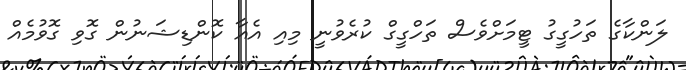
ލަންކާގެ ތަހުގީގު ޓީމަށްވެސް ތަހްގީގް ކުރެވުނީ މިއި އެއާ ކޮންޑިޝަނުން ގޮވި ގޮވުމެއް